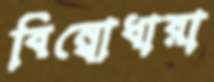
বিম্বোধারা